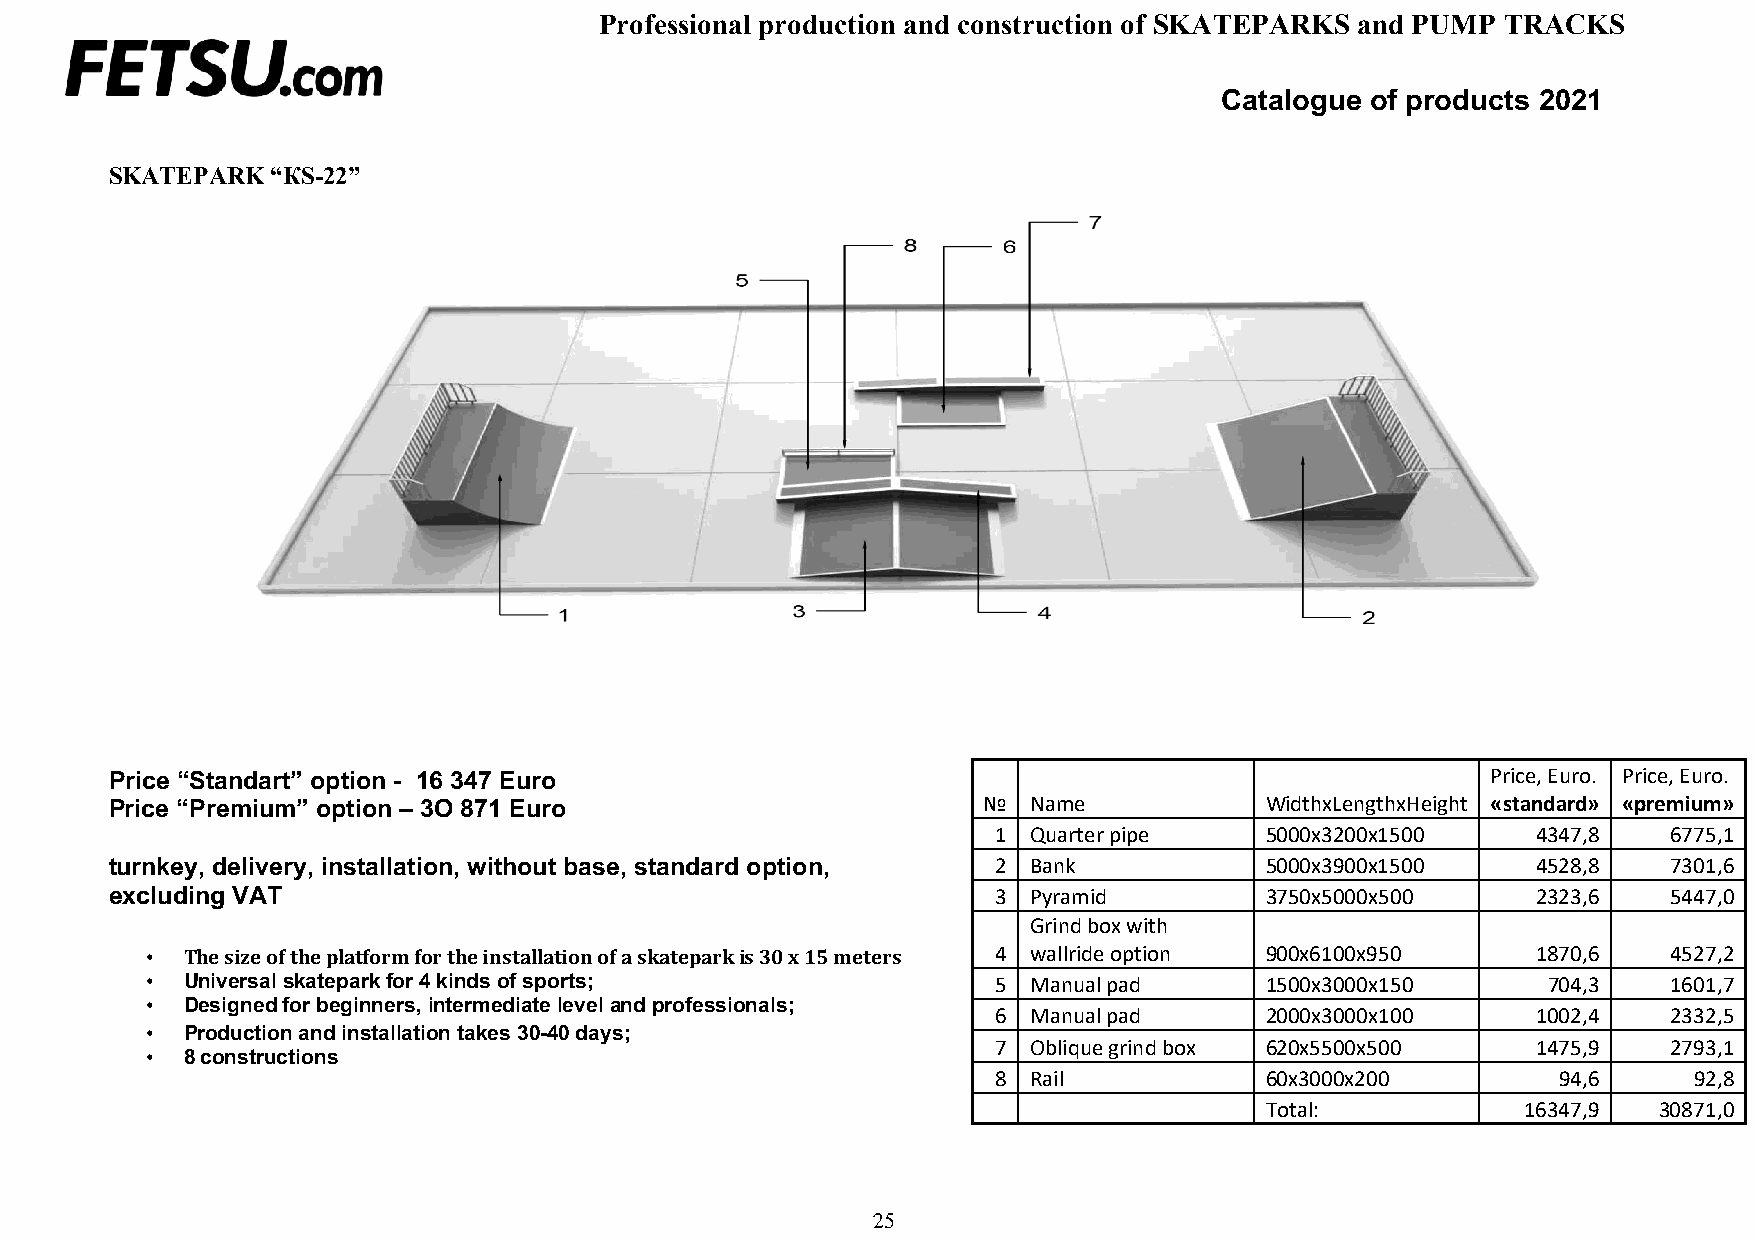
Professional production and construction of SKATEPARKS and PUMP TRACKS
 Catalogue of products 2021
 SKATEPARK  “КS-22”
 Price “Standart” option - 16 347 Euro                                                       Price, Euro. Price, Euro.
 Price “Premium” option – 3O 871 Euro                      №  Name            WidthxLengthxHeight «standard» «premium»
 1 Quarter pipe    5000х3200х1500    4347,8   6775,1
 turnkey, delivery, installation, without base, standard option, 2 Bank       5000х3900х1500    4528,8   7301,6
 excluding VAT                                              3 Pyramid         3750х5000х500     2323,6   5447,0
 Grind box with
 • The size of the platform for the installation of a skatepark is 30 x 15 meters 4 wallride option 900х6100х950 1870,6 4527,2
 • Universal skatepark for 4 kinds of sports;            5 Manual pad      1500х3000х150     704,3    1601,7
 • Designed for beginners, intermediate level and professionals;
 6 Manual pad      2000х3000х100     1002,4   2332,5
 • Production and installation takes 30-40 days;
 • 8 constructions
 7 Oblique grind box 620х5500х500    1475,9   2793,1
 8 Rail            60х3000х200        94,6     92,8
 Total:           16347,9  30871,0
 25